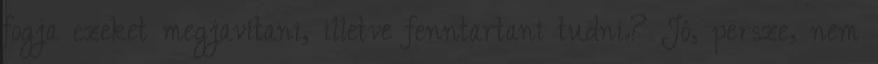
fogja ezeket megjavítani, illetve fenntartani tudni.? Jó, persze, nem